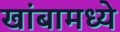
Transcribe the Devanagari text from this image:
खांबामध्ये